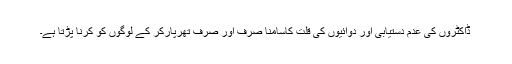
ڈاکٹروں کی عدم دستیابی اور دوائیوں کی قلت کاسامنا صرف اور صرف تھرپارکر کے لوگوں کو کرنا پڑتا ہے۔